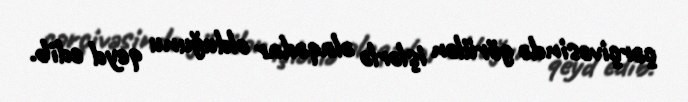
çərçivəsində görülən işlərlə əlaqədar olduğunu qeyd edib.